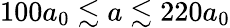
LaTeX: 100a_{0}\lesssim a\lesssim 220a_{0}